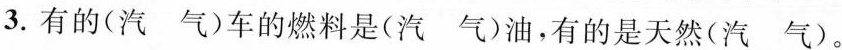
3.有的(汽 气)车的燃料是(汽 气)油，有的是天然(汽 气)。